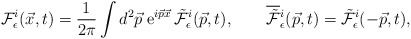
\begin{align*}{\cal F}^i_\epsilon(\vec{x},t) = \frac{1}{2\pi} \int d^2\vec{p}\;{\rm e}^{i\vec{p}\vec{x}}\, \tilde{\cal F}^i_\epsilon(\vec{p},t),\qquad\overline{\tilde{\cal F}}{}^i_\epsilon(\vec{p},t) = \tilde{\cal F}^i_\epsilon(-\vec{p},t), \end{align*}